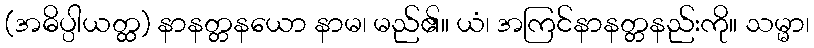
(အဓိပ္ပါယတ္ထ) နာနတ္တနယော နာမ၊ မည်၏။ ယံ၊ အကြင်နာနတ္တနည်းကို။ သမ္မာ၊